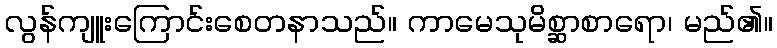
လွန်ကျူးကြောင်းစေတနာသည်။ ကာမေသုမိစ္ဆာစာရော၊ မည်၏။